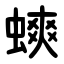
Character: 䗮